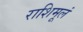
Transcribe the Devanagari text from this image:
राशिमूलं